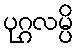
ပုဂ္ဂလမ္ပိ